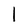
Character: 1